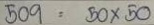
509 = 50 x 50